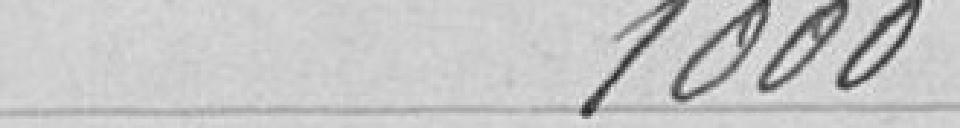
1 000